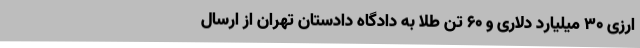
ارزی ۳۰ میلیارد دلاری و ۶۰ تن طلا به دادگاه دادستان تهران از ارسال